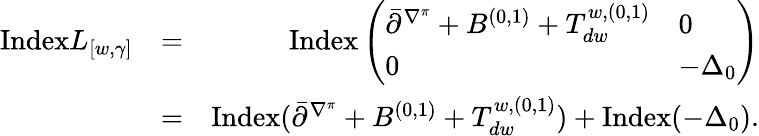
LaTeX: \begin{array}{rlr}{\mathrm{Index}L_{[w,\gamma]}}&{=}&{\mathrm{Index}\left(\begin{array}{ll}{\bar{\partial}^{\nabla^{\pi}}+B^{(0,1)}+T_{dw}^{w,(0,1)}}&{0}\\ {0}&{-\Delta_{0}}\end{array}\right)}\\ &{=}&{\mathrm{Index}(\bar{\partial}^{\nabla^{\pi}}+B^{(0,1)}+T_{dw}^{w,(0,1)})+\mathrm{Index}(-\Delta_{0}).}\end{array}